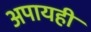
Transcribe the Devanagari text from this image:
अपायही